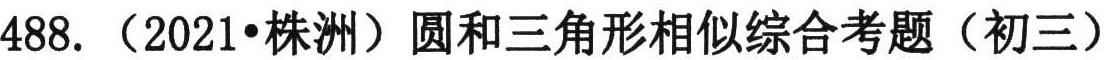
488. （2021•株洲）圆和三角形相似综合考题（初三）